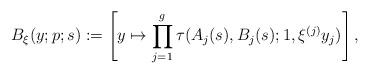
LaTeX: \begin{align*}B_{\xi}(y;p;s):=\left[y\mapsto\prod_{j=1}^g \tau(A_j(s),B_j(s);1,\xi^{(j)}y_j)\right],\end{align*}